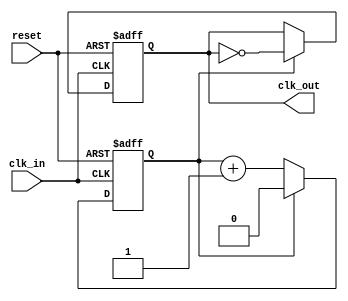
module clock_divider #(
    parameter N = 2  // Division factor, default is 2
)(
    input wire clk_in,      // Input clock signal
    input wire reset,       // Asynchronous reset signal
    output reg clk_out      // Output clock signal
);

    reg [$clog2(N)-1:0] counter; // Counter to keep track of clock cycles

    always @(posedge clk_in or posedge reset) begin
        if (reset) begin
            counter <= 0;        // Reset counter
            clk_out <= 0;       // Reset output clock
        end else begin
            if (counter == (N-1)) begin
                clk_out <= ~clk_out; // Toggle output clock
                counter <= 0;         // Reset counter
            end else begin
                counter <= counter + 1; // Increment counter
            end
        end
    end

endmodule